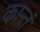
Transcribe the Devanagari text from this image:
कान्तं